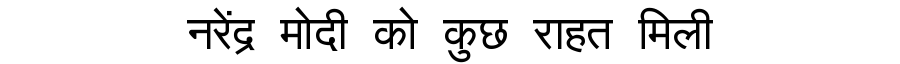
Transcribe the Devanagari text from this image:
नरेंद्र मोदी को कुछ राहत मिली